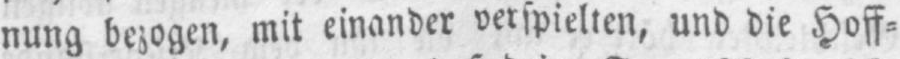
nung bezogen, mit einander verspielten, und die Hoff⸗